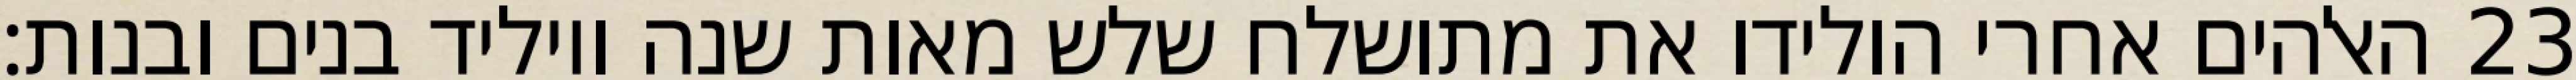
האלהים אחרי הולידו את מתושלח שלש מאות שנה ויוליד בנים ובנות׃ ‎23‏